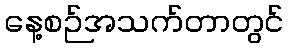
နေ့စဉ်အသက်တာတွင်